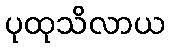
ပုထုသိလာယ